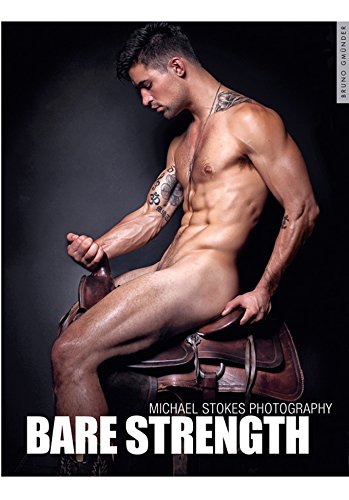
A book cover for Bare Strength; Arts & Photography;